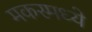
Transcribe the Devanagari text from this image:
मकरमध्ये